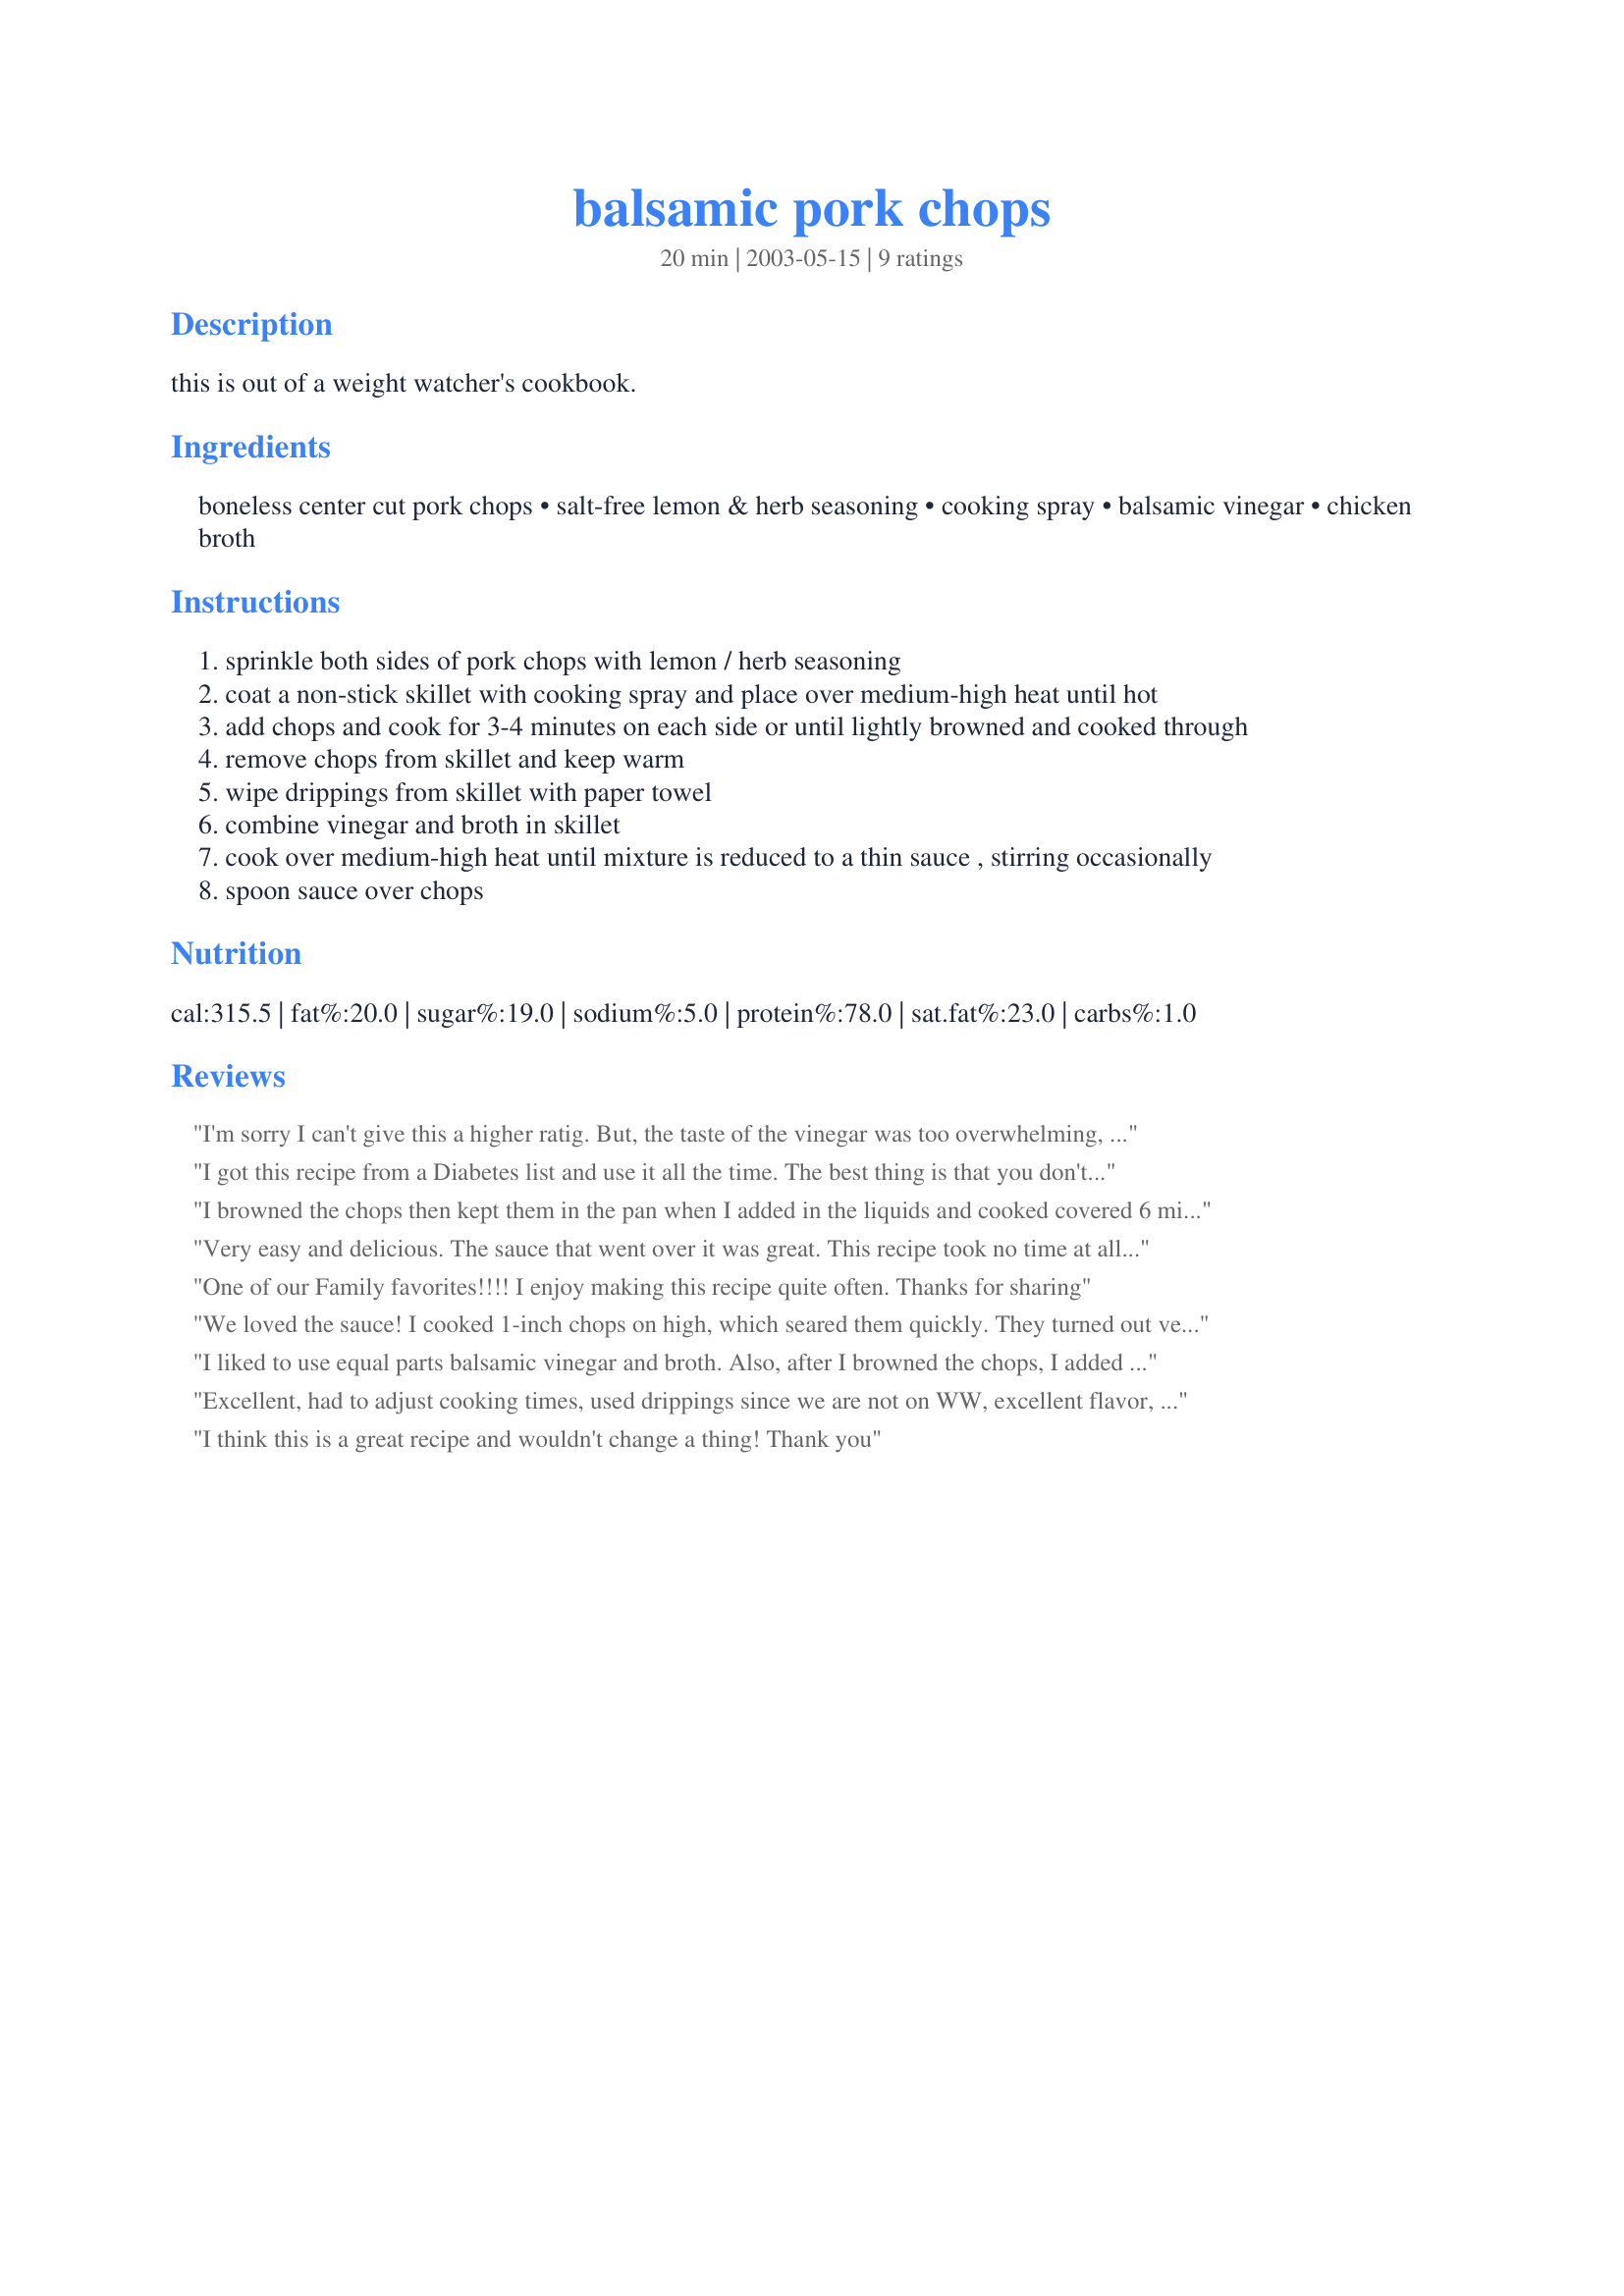
balsamic pork chops
Preparation time: 20 minutes

this is out of a weight watcher's cookbook.

Ingredients:
boneless center cut pork chops, salt-free lemon & herb seasoning, cooking spray, balsamic vinegar, chicken broth

Steps:
sprinkle both sides of pork chops with lemon / herb seasoning
coat a non-stick skillet with cooking spray and place over medium-high heat until hot
add chops and cook for 3-4 minutes on each side or until lightly browned and cooked through
remove chops from skillet and keep warm
wipe drippings from skillet with paper towel
combine vinegar and broth in skillet
cook over medium-high heat until mixture is reduced to a thin sauce , stirring occasionally
spoon sauce over chops

Reviews:
I'm sorry I can't give this a higher ratig. But, the taste of the vinegar was too overwhelming, adn I am a balsamic vinegar fan.
I got this recipe from a Diabetes list and use it all the time. The best thing is that you don't have to be exact with the measurements, and it still works and is delicious.
I browned the chops then kept them in the pan when I added in the liquids and cooked covered 6 minutes then took the lid off and cooked the liquid down about another 5 mins. A very different taste for us and we enjoyed them.
Very easy and delicious. The sauce that went over it was great. This recipe took no time at all, and would be great if you want a homecooked meal but don't have a lot of time. I'll definetely make this again. Thanks Kim!
One of our Family favorites!!!! I enjoy making this recipe quite often.

Thanks for sharing
We loved the sauce! I cooked 1-inch chops on high, which seared them quickly. They turned out very moist, and the sauce was the crowning touch. A delicious, yet very simple and easy dish! Thanks, Kim!
I liked to use equal parts balsamic vinegar and broth. Also, after I browned the chops, I added the liquid, a can of Italian Stewed Tomatoes, and simmered all together for a little bit to infuse the flavor. Then I served it over angel hair pasta - almost like margherita pork.
Excellent, had to adjust cooking times, used drippings since we are not on WW, excellent flavor, moist.
I think this is a great recipe and wouldn't change a thing! Thank you
